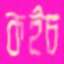
কইচ